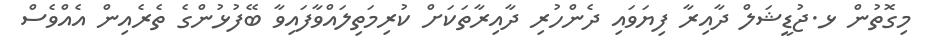
މިގޮތުން ޅ.ޖުޑީޝަލް ދާއިރާ ފިޔަވައި ދެންހުރި ދާއިރާތަކަށް ކުރިމަތިލައްވާފައިވާ ބޭފުޅުންގެ ތެރެއިން އެއްވެސް